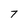
Character: 7